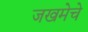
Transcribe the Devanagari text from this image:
जखमेचे